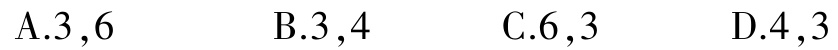
A.3,6  B.3,4  C.6,3  D.4,3